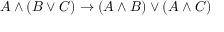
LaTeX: A \land ( B \lor C ) \to ( A \land B ) \lor ( A \land C )